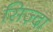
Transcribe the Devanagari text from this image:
सिज़्दा